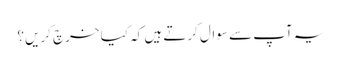
یہ آپ سے سوال کرتے ہیں کہ کیا خرچ کریں؟